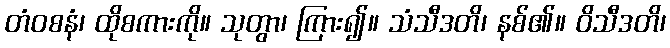
တံဝစနံ၊ ထိုစကားကို။ သုတွာ၊ ကြား၍။ သံသီဒတိ၊ နစ်၏။ ဝိသီဒတိ၊